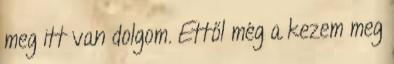
meg itt van dolgom. Ettől még a kezem meg